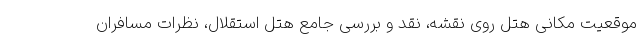
موقعیت مکانی هتل روی نقشه، نقد و بررسی جامع هتل استقلال، نظرات مسافران